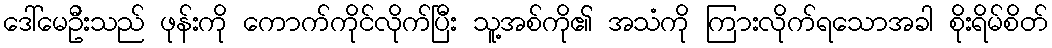
ဒေါ်မေဦးသည် ဖုန်းကို ကောက်ကိုင်လိုက်ပြီး သူ့အစ်ကို၏ အသံကို ကြားလိုက်ရသောအခါ စိုးရိမ်စိတ်